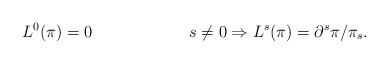
\begin{align*}L^0(\pi) & = 0 & s\neq 0 \Rightarrow L^s(\pi) = \partial^s\pi/\pi_s.\end{align*}